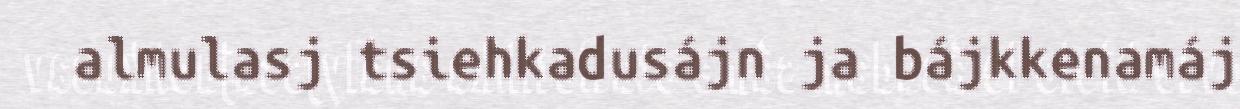
almulasj tsiehkadusájn ja bájkkenamáj